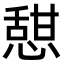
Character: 憇